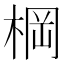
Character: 棡